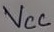
Text: VCC